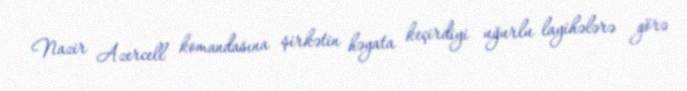
Nazir Azercell komandasına şirkətin həyata keçirdiyi uğurlu layihələrə görə